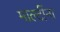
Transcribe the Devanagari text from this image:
माल्टींना